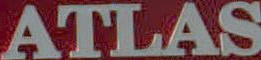
ATLAS